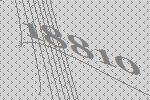
18810